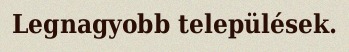
Legnagyobb települések.